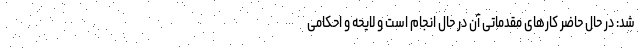
شد: در حال حاضر کارهای مقدماتی آن در حال انجام است و لایحه و احکامی